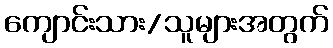
ကျောင်းသား/သူများအတွက်